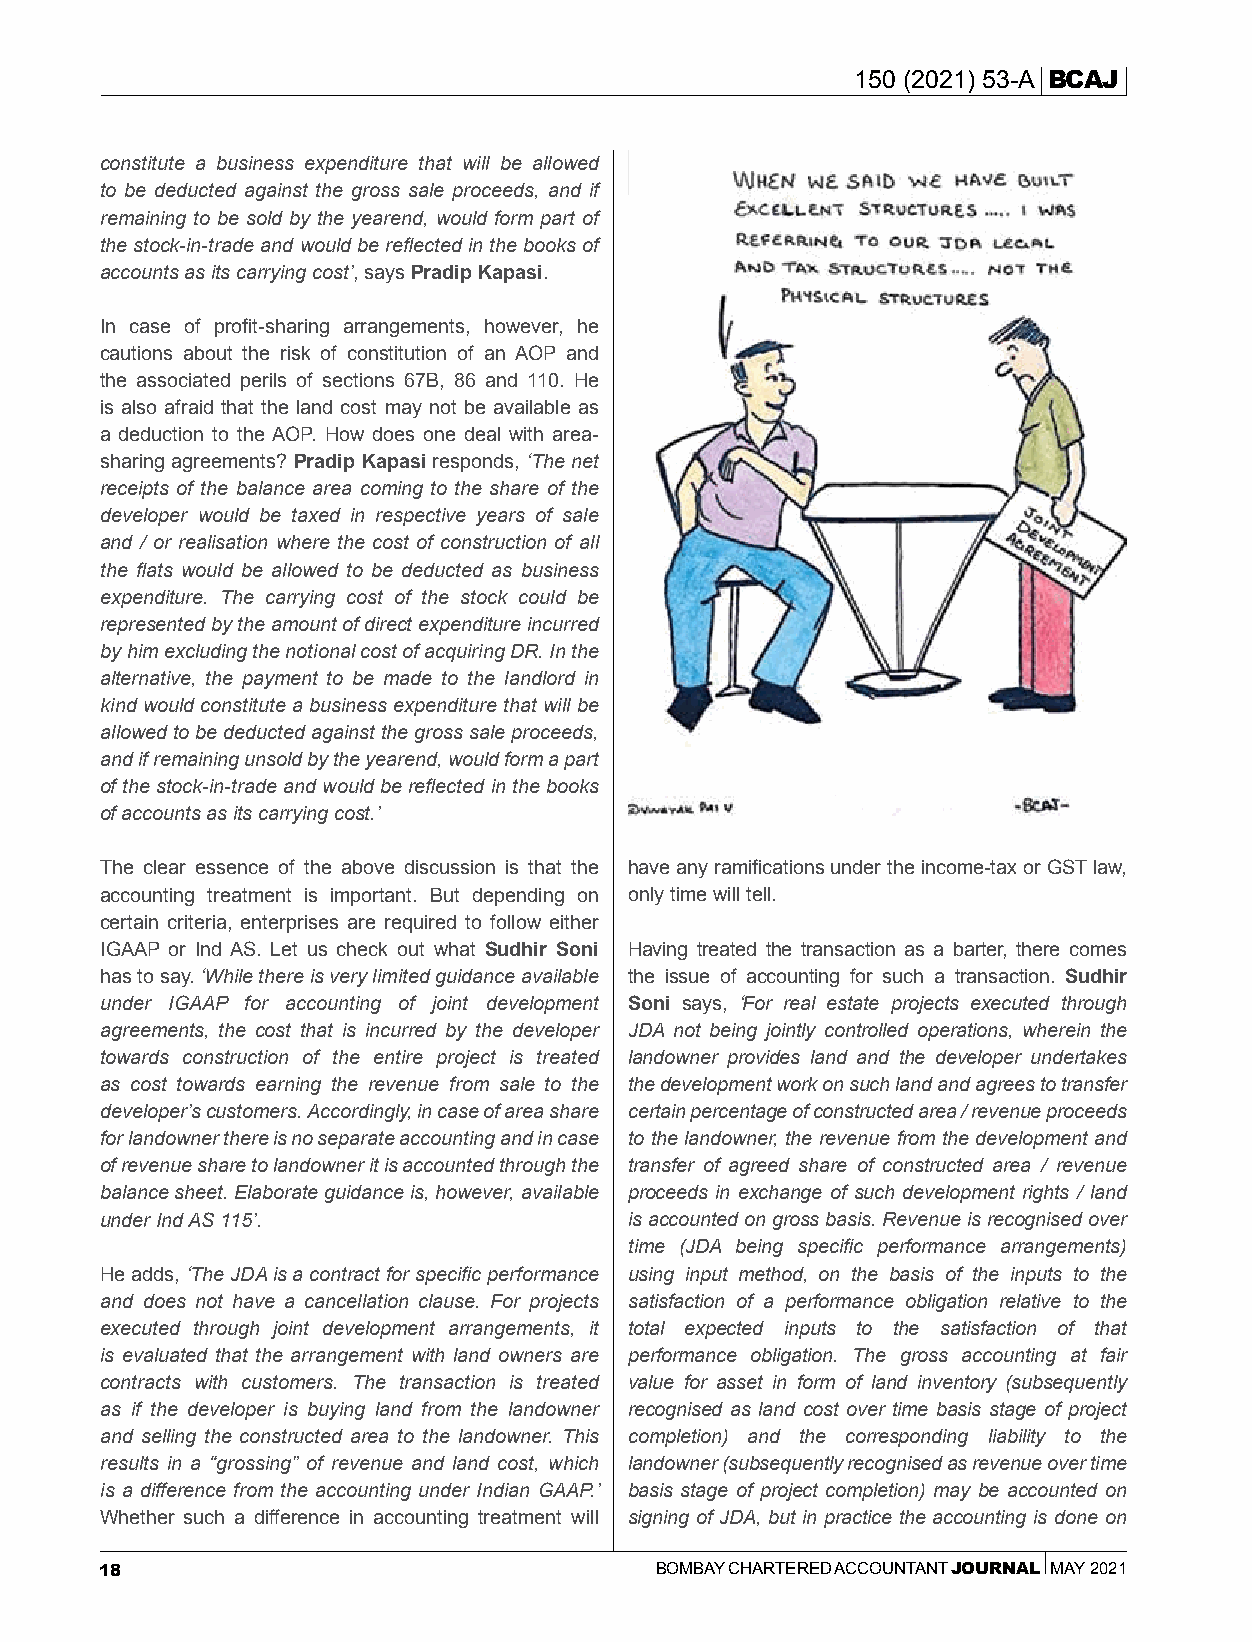
150 (2021) 53-A BCAJ
 constitute a business expenditure that will be allowed
 to be deducted against the gross sale proceeds, and if
 remaining to be sold by the yearend, would form part of
 the stock-in-trade and would be reflected in the books of
 accounts as its carrying cost’, says Pradip Kapasi.
 In case of profit-sharing arrangements, however, he
 cautions about the risk of constitution of an AOP and
 the associated perils of sections 67B, 86 and 110. He
 is also afraid that the land cost may not be available as
 a deduction to the AOP. How does one deal with area-
 sharing agreements? Pradip Kapasi responds, ‘The net
 receipts of the balance area coming to the share of the
 developer would be taxed in respective years of sale
 and / or realisation where the cost of construction of all
 the flats would be allowed to be deducted as business
 expenditure. The carrying cost of the stock could be
 represented by the amount of direct expenditure incurred
 by him excluding the notional cost of acquiring DR. In the
 alternative, the payment to be made to the landlord in
 kind would constitute a business expenditure that will be
 allowed to be deducted against the gross sale proceeds,
 and if remaining unsold by the yearend, would form a part
 of the stock-in-trade and would be reflected in the books
 of accounts as its carrying cost.’
 The clear essence of the above discussion is that the have any ramifications under the income-tax or GST law,
 accounting treatment is important. But depending on only time will tell.
 certain criteria, enterprises are required to follow either
 IGAAP or Ind AS. Let us check out what Sudhir Soni Having treated the transaction as a barter, there comes
 has to say. ‘While there is very limited guidance available the issue of accounting for such a transaction. Sudhir
 under IGAAP for accounting of joint development Soni says, ‘For real estate projects executed through
 agreements, the cost that is incurred by the developer JDA not being jointly controlled operations, wherein the
 towards construction of the entire project is treated landowner provides land and the developer undertakes
 as cost towards earning the revenue from sale to the the development work on such land and agrees to transfer
 developer’s customers. Accordingly, in case of area share certain percentage of constructed area / revenue proceeds
 for landowner there is no separate accounting and in case to the landowner, the revenue from the development and
 of revenue share to landowner it is accounted through the transfer of agreed share of constructed area / revenue
 balance sheet. Elaborate guidance is, however, available proceeds in exchange of such development rights / land
 under Ind AS 115’.                 is accounted on gross basis. Revenue is recognised over
 time (JDA being specific performance arrangements)
 He adds, ‘The JDA is a contract for specific performance using input method, on the basis of the inputs to the
 and does not have a cancellation clause. For projects satisfaction of a performance obligation relative to the
 executed through joint development arrangements, it total expected inputs to the satisfaction of that
 is evaluated that the arrangement with land owners are performance obligation. The gross accounting at fair
 contracts with customers. The transaction is treated value for asset in form of land inventory (subsequently
 as if the developer is buying land from the landowner recognised as land cost over time basis stage of project
 and selling the constructed area to the landowner. This completion) and the corresponding liability to the
 results in a “grossing” of revenue and land cost, which landowner (subsequently recognised as revenue over time
 is a difference from the accounting under Indian GAAP.’ basis stage of project completion) may be accounted on
 Whether such a difference in accounting treatment will signing of JDA, but in practice the accounting is done on
 18                                  BOMBAY CHARTERED ACCOUNTANT JOURNAL MAY 2021